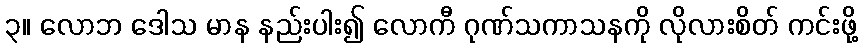
၃။ လောဘ ဒေါသ မာန နည်းပါး၍ လောကီ ဂုဏ်သကာသနကို လိုလားစိတ် ကင်းဖို့